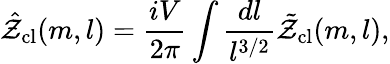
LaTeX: \hat{\cal Z}_{\mathrm{cl}}(m,l)=\frac{iV}{2\pi}\int\frac{dl}{l^{3/2}}\tilde{\cal Z}_{\mathrm{cl}}(m,l),